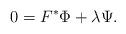
LaTeX: \begin{align*}0 = F^\ast \Phi + \lambda \Psi.\end{align*}